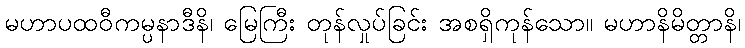
မဟာပထဝီကမ္ပနာဒီနိ၊ မြေကြီး တုန်လှုပ်ခြင်း အစရှိကုန်သော။ မဟာနိမိတ္တာနိ၊